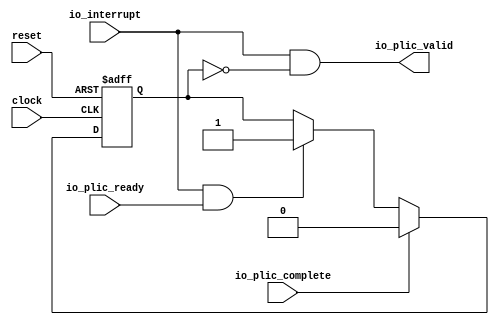
 /*                                                                      
 Copyright 2017 Silicon Integrated Microelectronics, Inc.                
                                                                         
 Licensed under the Apache License, Version 2.0 (the "License");         
 you may not use this file except in compliance with the License.        
 You may obtain a copy of the License at                                 
                                                                         
     http://www.apache.org/licenses/LICENSE-2.0                          
                                                                         
  Unless required by applicable law or agreed to in writing, software    
 distributed under the License is distributed on an "AS IS" BASIS,       
 WITHOUT WARRANTIES OR CONDITIONS OF ANY KIND, either express or implied.
 See the License for the specific language governing permissions and     
 limitations under the License.                                          
 */                                                                      
                                                                         
                                                                         
                                                                         
module sirv_LevelGateway(
  input   clock,
  input   reset,
  input   io_interrupt,
  output  io_plic_valid,
  input   io_plic_ready,
  input   io_plic_complete
);
  reg  inFlight;
  reg [31:0] GEN_2;
  wire  T_12;
  wire  GEN_0;
  wire  GEN_1;
  wire  T_16;
  wire  T_17;
  assign io_plic_valid = T_17;
  assign T_12 = io_interrupt & io_plic_ready;
  assign GEN_0 = T_12 ? 1'h1 : inFlight;
  assign GEN_1 = io_plic_complete ? 1'h0 : GEN_0;
  assign T_16 = inFlight == 1'h0;
  assign T_17 = io_interrupt & T_16;

  always @(posedge clock or posedge reset) begin
    if (reset) begin
      inFlight <= 1'h0;
    end else begin
      if (io_plic_complete) begin
        inFlight <= 1'h0;
      end else begin
        if (T_12) begin
          inFlight <= 1'h1;
        end
      end
    end
  end
endmodule